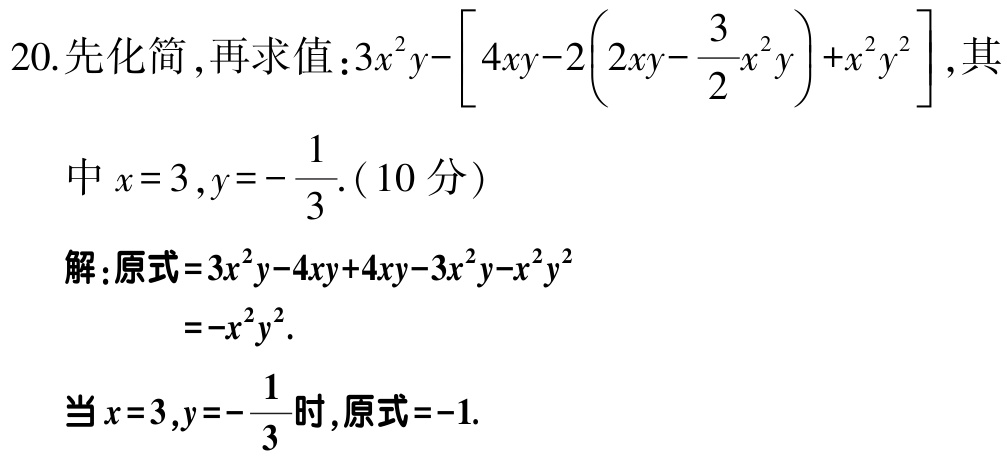
20. 先化简 , 再求值：\(3x^{2}y-\left[4xy - 2\left(2xy-\frac{3}{2}x^{2}y\right)+x^{2}y^{2}\right]\), 其
中 \(x = 3,y=-\frac{1}{3}\). ( 10 分 )
解：原式\(=3x^{2}y - 4xy + 4xy - 3x^{2}y - x^{2}y^{2}\)
\(=-x^{2}y^{2}\).
当\(x = 3,y=-\frac{1}{3}\)时, 原式\(=-1\).